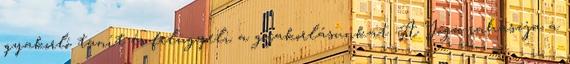
gyakorló tanít és felügyeli a gyakorlásunkat. A Jóga-rahaszja a